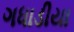
ગધાડીયા